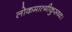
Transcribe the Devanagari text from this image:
लोकमात्मीकुरूष्व।